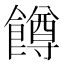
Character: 𬲝